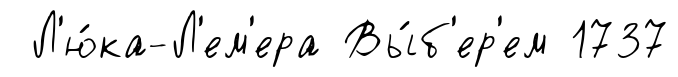
Л'ю́ка-Л'ем'ера Вы́б'ер'ем 1737